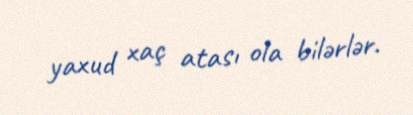
yaxud xaç atası ola bilərlər.